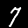
Label: 7